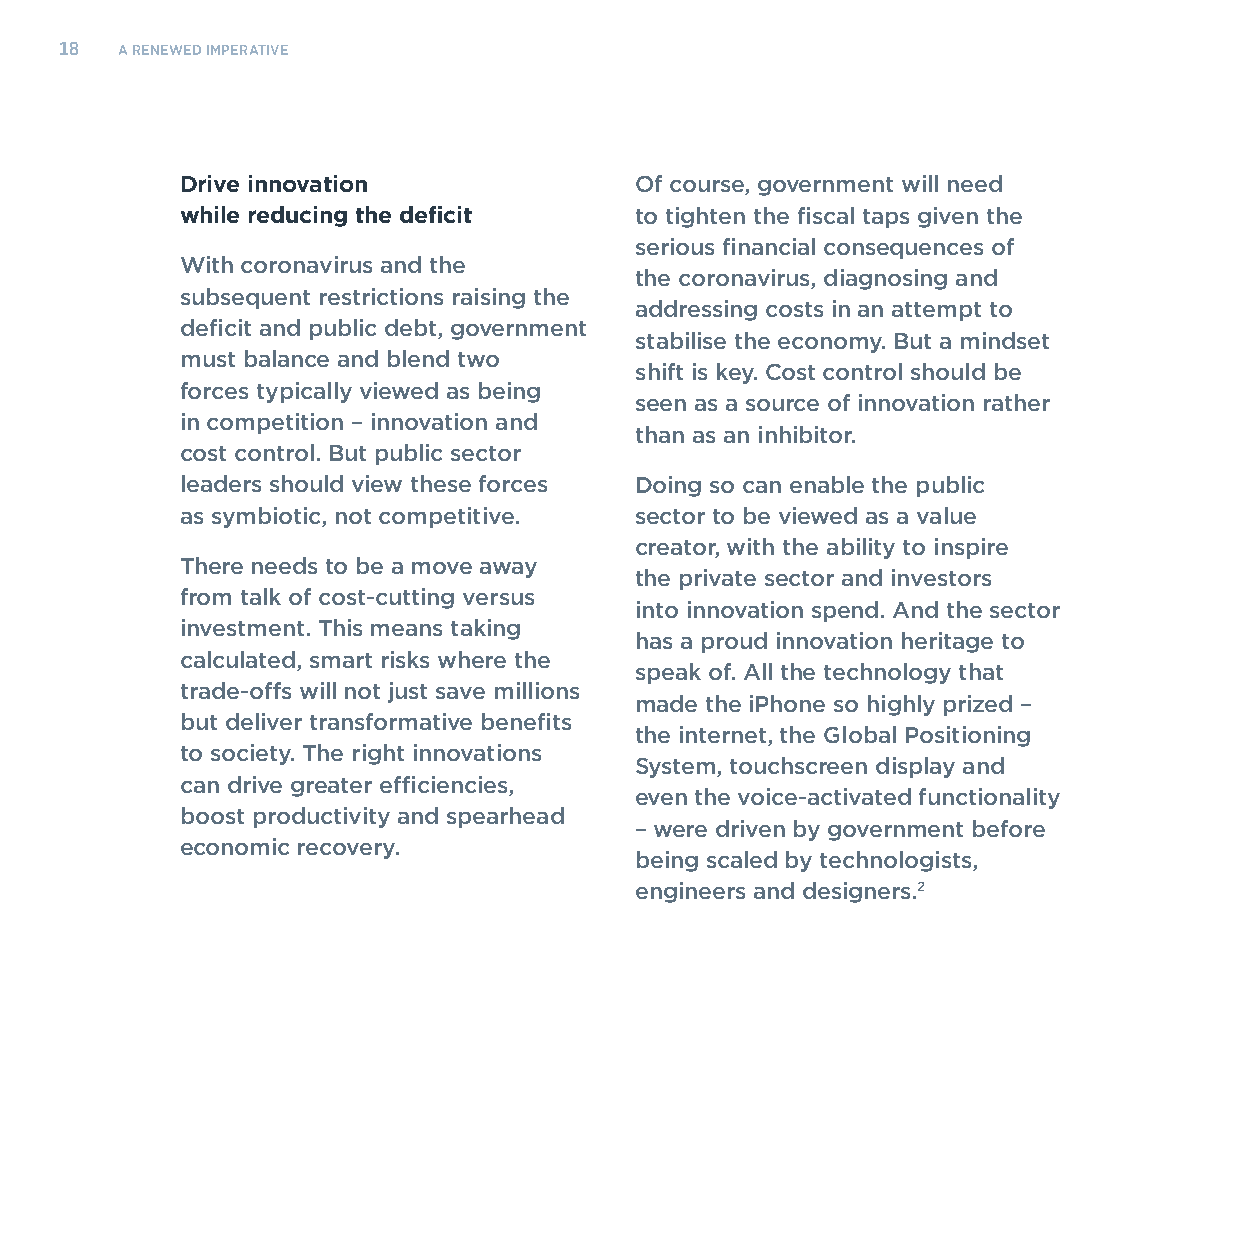
18  A RENEWED IMPERATIVE
 Drive innovation              Of course, government will need
 while reducing the deficit    to tighten the fiscal taps given the
 serious financial consequences of
 With coronavirus and the
 the coronavirus, diagnosing and
 subsequent restrictions raising the
 addressing costs in an attempt to
 deficit and public debt, government
 stabilise the economy. But a mindset
 must balance and blend two
 shift is key. Cost control should be
 forces typically viewed as being
 seen as a source of innovation rather
 in competition – innovation and
 than as an inhibitor.
 cost control. But public sector
 leaders should view these forces Doing so can enable the public
 as symbiotic, not competitive. sector to be viewed as a value
 creator, with the ability to inspire
 There needs to be a move away
 the private sector and investors
 from talk of cost-cutting versus
 into innovation spend. And the sector
 investment. This means taking
 has a proud innovation heritage to
 calculated, smart risks where the
 speak of. All the technology that
 trade-offs will not just save millions
 made the iPhone so highly prized –
 but deliver transformative benefits
 the internet, the Global Positioning
 to society. The right innovations
 System, touchscreen display and
 can drive greater efficiencies,
 even the voice-activated functionality
 boost productivity and spearhead
 – were driven by government before
 economic recovery.
 being scaled by technologists,
 engineers and designers.2